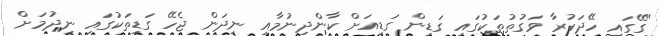
"ގޭގައި ހޭދަކުރާ ވަގުތުތަކުގައި ގަޑިން ގަޑިއަށް ކާންދިނުމާއި ނިދަން ޖެހޭ ގަޑިތަކުގައި ނިދުމަށް